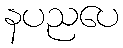
နပညပေ